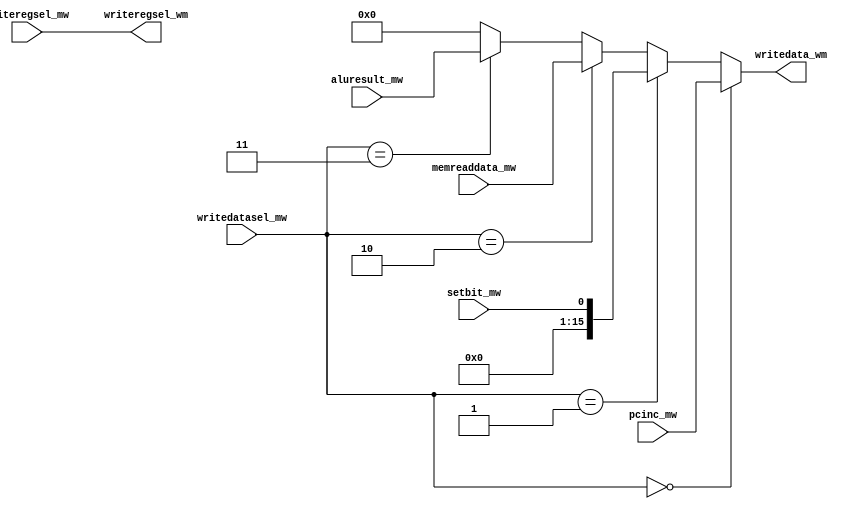
module write (
// inputs from write
input [15:0] pcinc_mw,
input [2:0] writeregsel_mw,
input [1:0] writedatasel_mw,
input [15:0] memreaddata_mw,
input [15:0] aluresult_mw,
input setbit_mw,
// outputs to memory
output [2:0] writeregsel_wm,
output [15:0] writedata_wm
);

assign writedata_wm = (writedatasel_mw == 2'b00) ? pcinc_mw :
                      (writedatasel_mw == 2'b01) ? setbit_mw :
                      (writedatasel_mw == 2'b10) ? memreaddata_mw :
                      (writedatasel_mw == 2'b11) ? aluresult_mw :
                       1'b0;

assign writeregsel_wm = writeregsel_mw;

endmodule